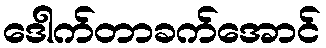
ဒေါက်တာခက်အောင်